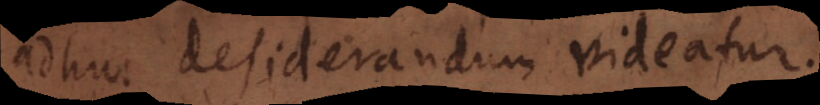
adhuc desiderandum videatur.